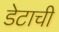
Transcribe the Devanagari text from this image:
डेटाची